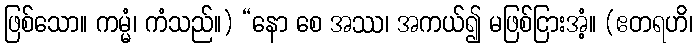
ဖြစ်သော။ ကမ္မံ၊ ကံသည်။) “နော စေ အဿ၊ အကယ်၍ မဖြစ်ငြားအံ့။ (ဧတရဟိ၊